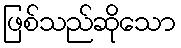
ဖြစ်သည်ဆိုသော